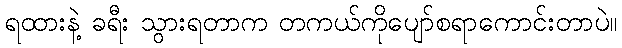
ရထားနဲ့ ခရီး သွားရတာက တကယ်ကိုပျော်စရာကောင်းတာပဲ။